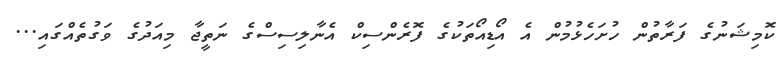
ކޮމިޝަނުގެ ފަރާތުން ހުށަހެޅުމުން އެ އޯޑިއޯތަކުގެ ފޮރެންސިކް އެނާލިސިސްގެ ނަތީޖާ މިއަދުގެ ވަގުތެއްގައި...